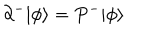
\partial ^ { - } | \phi \rangle = P ^ { - } | \phi \rangle